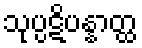
သုပ္ပဋိပန္နာတ္ထ